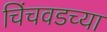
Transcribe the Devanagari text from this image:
चिंचवडच्या